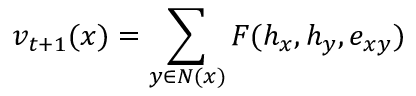
v _ { t + 1 } ( x ) = \sum _ { y \in N ( x ) } F ( h _ { x } , h _ { y } , e _ { x y } )